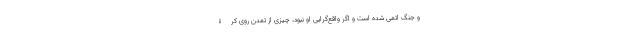
و جنگ اتمی شده است و اگر واقع‌گرایی او نبود، چیزی از تمدن روی کرۀ